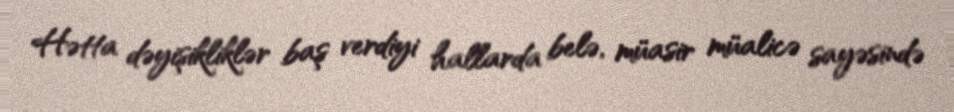
Hətta dəyişikliklər baş verdiyi hallarda belə, müasir müalicə sayəsində